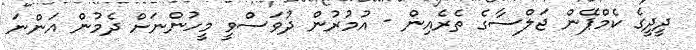
ދީދީގެ ކެމްޕޭން ޖަލްސާގެ ތެރެއިން - އުމުރުން ދުވަސްވީ މީހުންނަށް ދެމުން އަންނަ